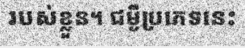
របស់ខ្លួន។ ជម្ងឺប្រភេទនេះ